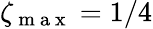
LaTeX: \zeta_{\mathrm{~m~a~x~}}=1/4